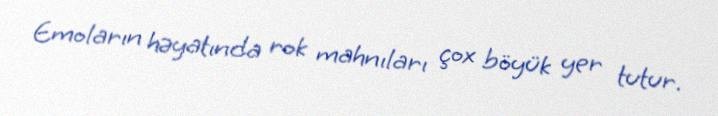
Emoların həyatında rok mahnıları çox böyük yer tutur.